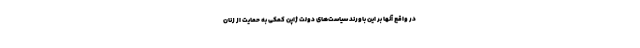
در واقع آنها بر این باورند سیاست‌های دولت ژاپن کمکی به حمایت از زنان